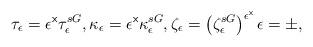
LaTeX: \begin{align*}\tau _{\epsilon }=\epsilon ^{\mathsf{x}}\tau _{\epsilon }^{sG},\kappa _{\epsilon }=\epsilon ^{\mathsf{x}}\kappa _{\epsilon }^{sG},\zeta _{\epsilon }=\left( \zeta _{\epsilon }^{sG}\right) ^{\epsilon ^{\mathsf{x}}}\epsilon =\pm , \end{align*}